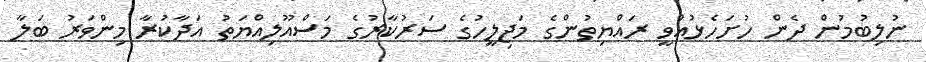
ނުލިބުމުން ދެން ހުށަހެޅުއްވީ ރައްޔިތުންގެ މަޖިލީހުގެ ސަރުކާރުގެ މަސްއޫލިއްޔަތު އަދާކުރާ މިންވަރު ބަލާ